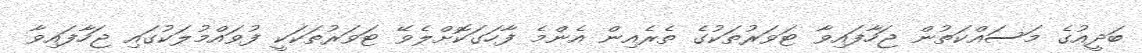
ބަދީއުގެ މަސައްކަތުން ޖަހާފައިވާ ޓަވަރުތަކުގެ ތެރެއިން އެންމެ ފާހަގަކޮށްލެވޭ ޓަވަރުތަކަކީ ފުވައްމުލަކުގައި ޖަހާފައިވާ